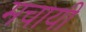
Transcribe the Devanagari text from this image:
मचायी